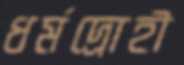
ধর্মদ্রোহী